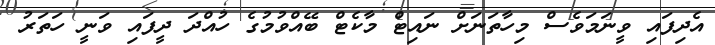
އެދިފައި ވީނަމަވެސް މިހާތަނަށް ނައިޓް މާކެޓް ބޭއްވުމުގެ ހުއްދަ ދީފައި ވަނީ ހަތަރު